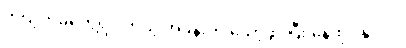
ကိုယ့်ကိုမတွေ့ရင် ကိုယ့် အခန်းကို သော့ဖွင့်ပြီး နေထိုင်နှင့်ပါ။